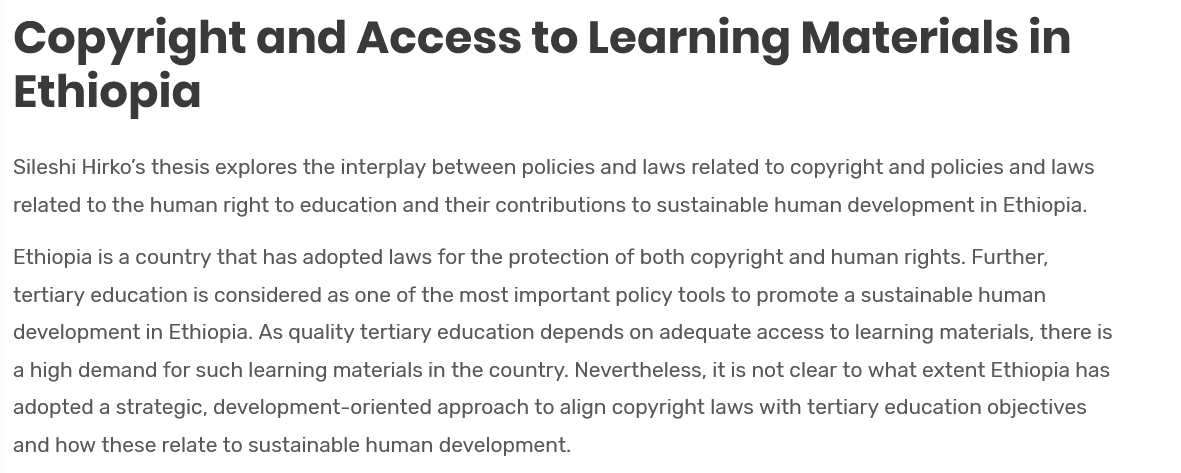
Copyright    and    Access    to    Learning    Materials    in
  Ethiopia
  Sileshi Hirko's thesis explores the interplay between policies and laws related to copyright and policies and laws
  related to the human right to education and their contributions to sustainable human development in Ethiopia.
  Ethiopia is a country that has adopted laws for the protection of both copyright and human rights. Further,
  tertiary education is considered as one of the most important policy tools to promote a sustainable human
  development in Ethiopia. As quality tertiary education depends on adequate access to learning materials, there is
  a high demand for such learning materials in the country. Nevertheless, it is not clear to what extent Ethiopia has
  adopted a strategic, development-oriented approach to align copyright laws with tertiary education objectives
  and how these relate to sustainable human development.